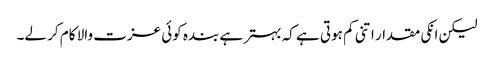
لیکن انکی مقدار اتنی کم ہوتی ہے کہ بہتر ہے بندہ کوئی عزت والا کام کر لے۔